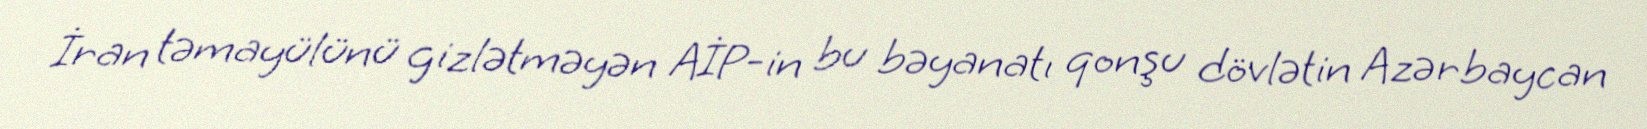
İran təmayülünü gizlətməyən AİP-in bu bəyanatı qonşu dövlətin Azərbaycan